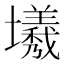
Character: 㙿